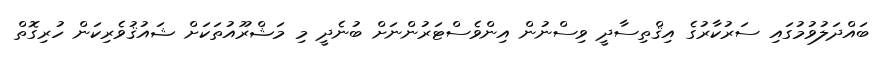
ބައްދަލުވުމުގައި ސަރުކާރުގެ އިޤްތިސާދީ ވިސްނުން އިންވެސްޓަރުންނަށް ބުނެދީ މި މަޝްރޫއުތަކަށް ޝައުޤުވެރިކަން ހުރިގޮތް